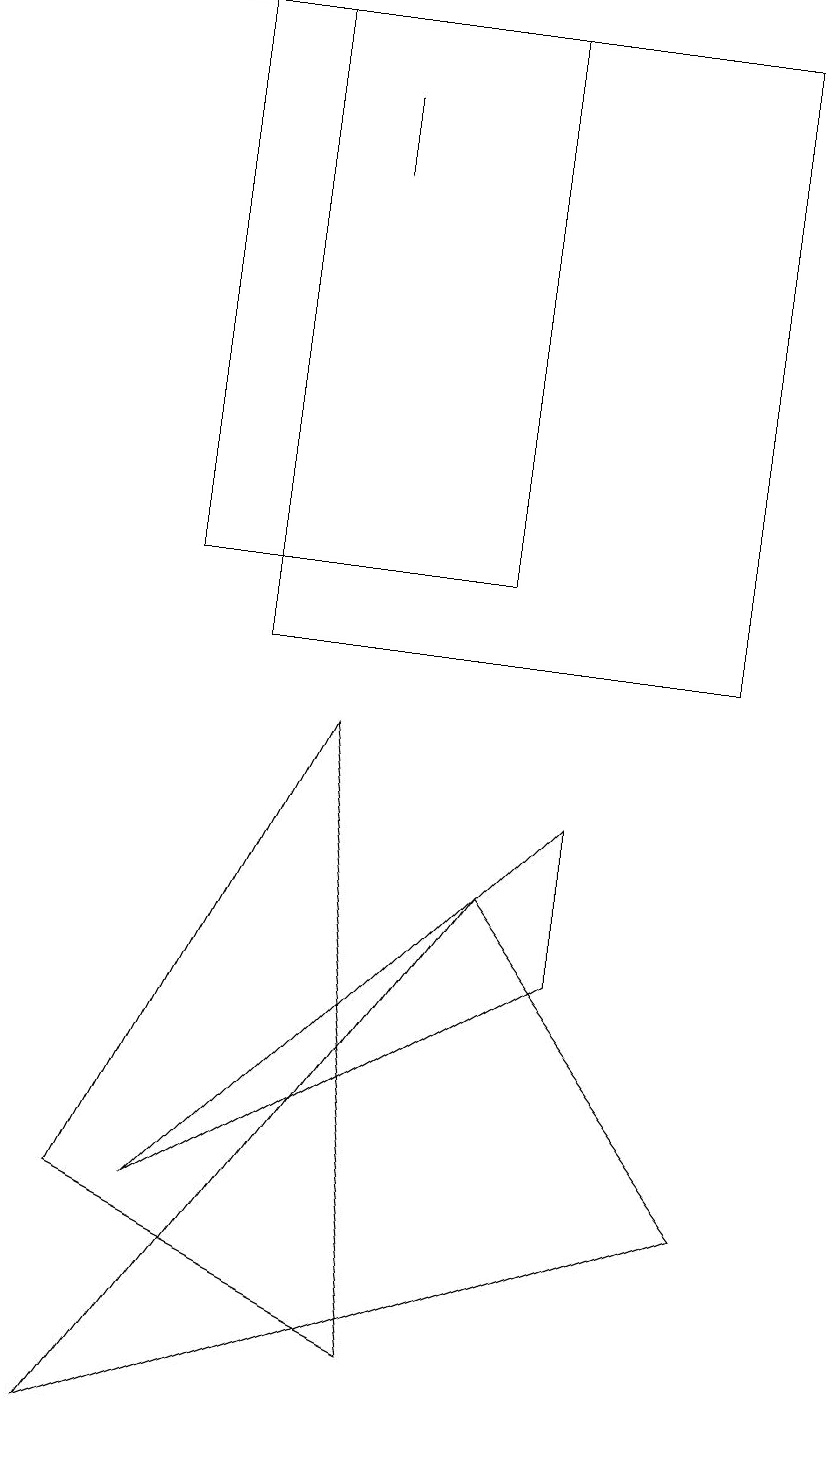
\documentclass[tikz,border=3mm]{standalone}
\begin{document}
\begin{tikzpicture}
\draw (1,3) -- (4,9) -- (5,1) -- cycle;
\draw (10,10) circle (0);
\draw (0,18) rectangle (5,18);
\draw (2,18) rectangle (6,11);
\draw (7,8) -- (2,3) -- (7,6) -- cycle;
\draw (3,18) rectangle (9,10);
\draw (4,16) rectangle (4,17);
\draw (1,0) -- (6,7) -- (9,3) -- cycle;
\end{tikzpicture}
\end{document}